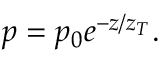
p = p _ { 0 } e ^ { - z / { z _ { T } } } .